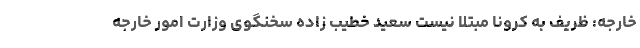
خارجه: ظریف به کرونا مبتلا نیست سعید خطیب زاده سخنگوی وزارت امور خارجه